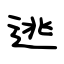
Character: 逃